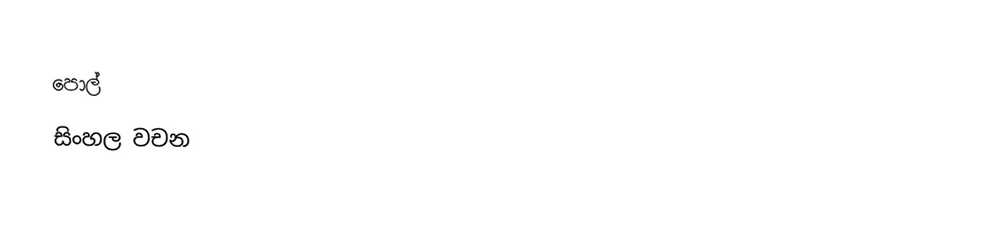
පොල්
සිංහල වචන